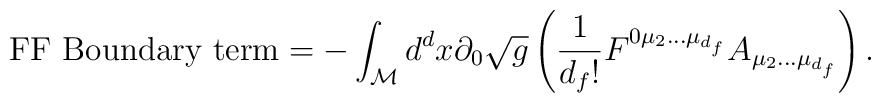
\textnormal{FF Boundary term} = - \int_{\cal M} d^dx \partial_{0} \sqrt g \left( \frac{1}{d_f!} F^{0 \mu_2 ... \mu_{d_f}} A_{\mu_2 ... \mu_{d_f}} \right).